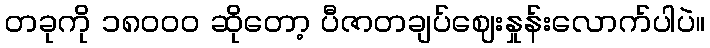
တခုကို ၁၈၀၀၀ ဆိုတော့ ပီဇာတချပ်ဈေးနှုန်းလောက်ပါပဲ။